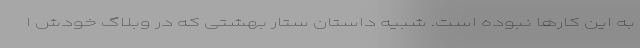
به این کارها نبوده است. شبیه داستان ستار بهشتی که در وبلاگ خودش ا